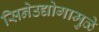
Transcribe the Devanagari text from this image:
सिनेउद्योगामुळे